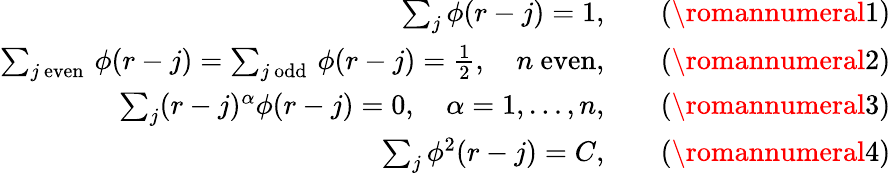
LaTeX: \begin{array}{rl}{\sum_{j}\phi(r-j)=1,}&{\quad(\romannumeral 1)}\\ {\sum_{j\mathrm{~even~}}\phi(r-j)=\sum_{j\mathrm{~odd~}}\phi(r-j)=\frac{1}{2},\quad n\mathrm{~even},}&{\quad(\romannumeral 2)}\\ {\sum_{j}(r-j)^{\alpha}\phi(r-j)=0,\quad\alpha=1,\ldots,n,}&{\quad(\romannumeral 3)}\\ {\sum_{j}\phi^{2}(r-j)=C,}&{\quad(\romannumeral 4)}\end{array}